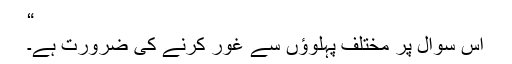
“
اس سوال پر مختلف پہلوؤں سے غور کرنے کی ضرورت ہے۔